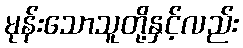
မုန်းသောသူတို့နှင့်လည်း